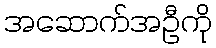
အဆောက်အဦကို